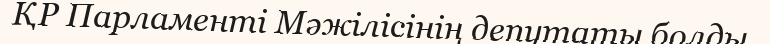
ҚР Парламенті Мәжілісінің депутаты болды.